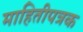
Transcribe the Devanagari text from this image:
माहितीपत्रक